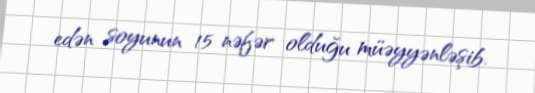
edən soyunun 15 nəfər olduğu müəyyənləşib.